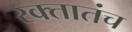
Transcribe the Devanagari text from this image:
रक्तातंच